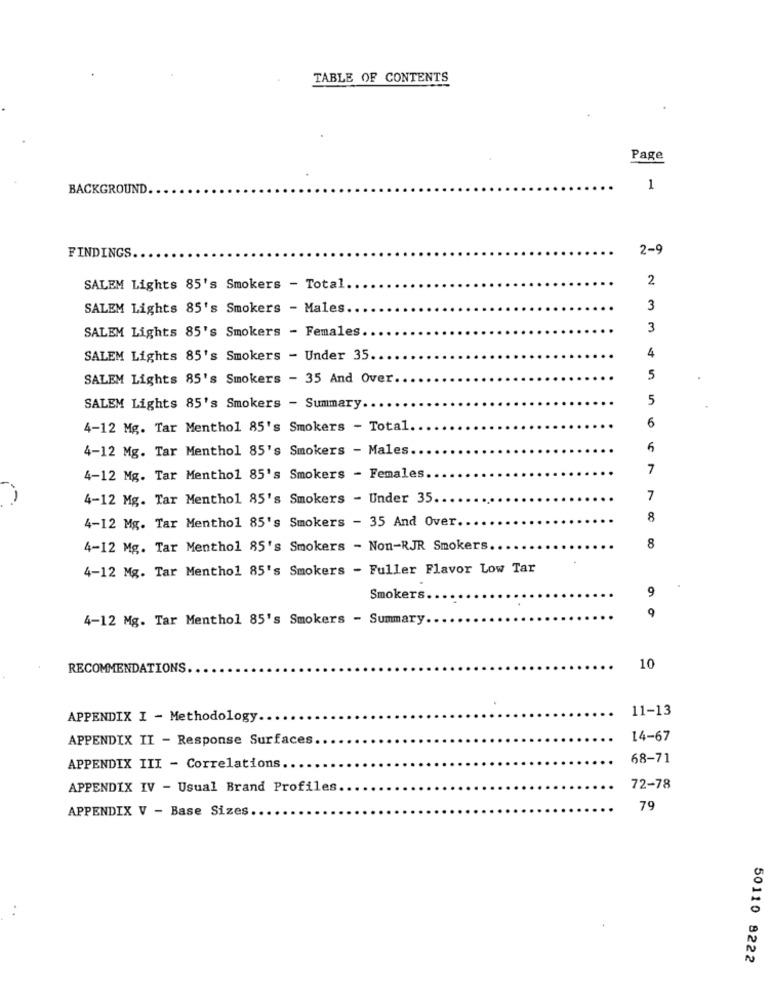
TABLE OF CONTENTS
Page
BACKGROUND
1
FINDINGS
2-9
2
SALEM Lights 85's Smokers - Total.
SALEM Lights 85's Smokers - Males.
3
SALEM Lights 85's Smokers - Females
3
4
SALEM Lights 85's Smokers - Under 35.
SALEM Lights 85's Smokers - 35 And Over
5
5
SALEM Lights 85's Smokers - Summary ..
6
4-12 Mg. Tar Menthol 85's Smokers - Total
4-12 Mg. Tar Menthol 85's Smokers - Males.
7
4-12 Mg. Tar Menthol 85's Smokers - Females.
4-12 Mg. Tar Menthol 85's Smokers - Under 35 ..
7
8
4-12 Mg. Tar Menthol 85's Smokers - 35 And Over.
4-12 Mg. Tar Menthol 85's Smokers - Non-RJR Smokers
8
4-12 Mg. Tar Menthol 85's Smokers - Fuller Flavor Low Tar
9
Smokers
9
4-12 Mg. Tar Menthol 85's Smokers - Summary.
RECOMMENDATIONS
10
11-13
APPENDIX I - Methodology ..
APPENDIX II - Response Surfaces
14-67
68-71
APPENDIX III - Correlations.
APPENDIX IV - Usual Brand Profiles
72-78
APPENDIX V - Base Sizes
79
50110 8222